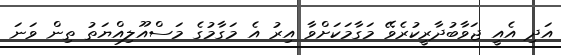
އަދި އެއީ ޖަވާބުދާރީކުރެވޭ މަގާމަކަށްވާ އިރު އެ މަގާމުގެ މަސްއޫލިއްޔަތު ތިން ވަނަ